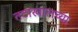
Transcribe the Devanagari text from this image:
तटाखालच्या